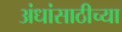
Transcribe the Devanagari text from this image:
अंधांसाठीच्या